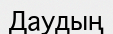
Даудың